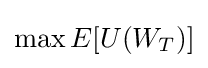
\max E[U(W_{T})]